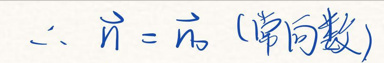
二、\(\vec{n} = \vec{n_0}\)（常向量）